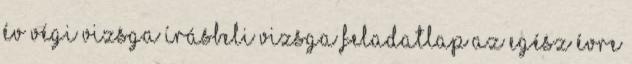
év végi vizsga írásbeli vizsga feladatlap az egész évre